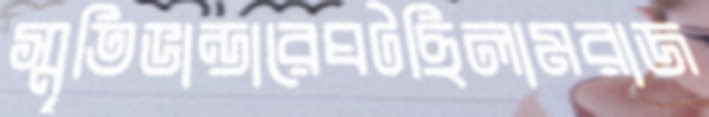
স্মৃতিভান্ডারেঘটছিলামরাজ